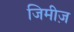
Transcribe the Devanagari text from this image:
जिमीज़